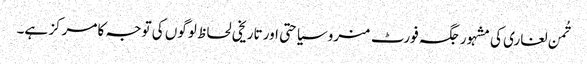
تُمن لغاری کی مشہور جگہ فورٹ منرو سیاحتی اور تاریخی لحاظ لوگوں کی توجہ کا مرکز ہے۔